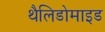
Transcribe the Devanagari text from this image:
थैलिडोमाइड